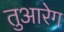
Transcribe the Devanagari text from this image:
तुआरेग